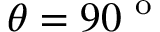
\theta = 9 0 ^ { \mathrm { ~ o ~ } }